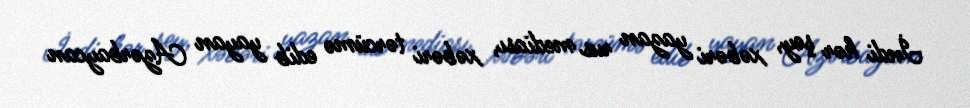
İndi hər şey, xəbəri yazan rus mediası, xəbəri tərcümə edib yayan Azərbaycan